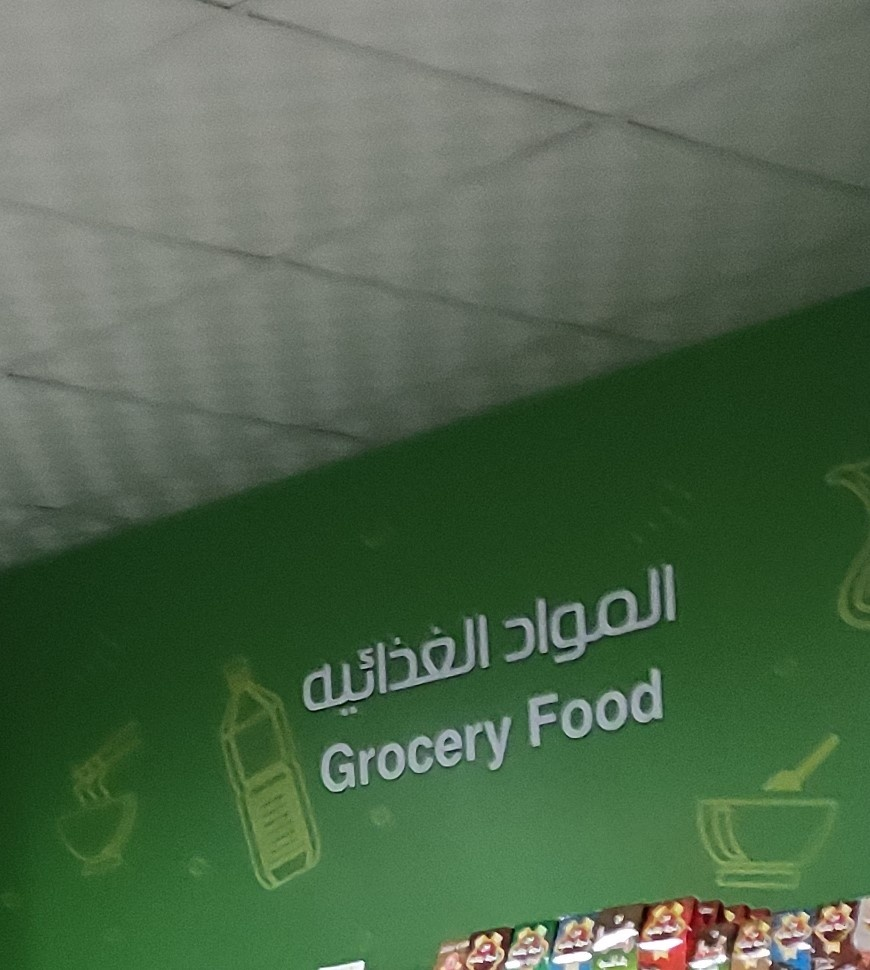
Text in image: المواد الغذائية Food Grocery